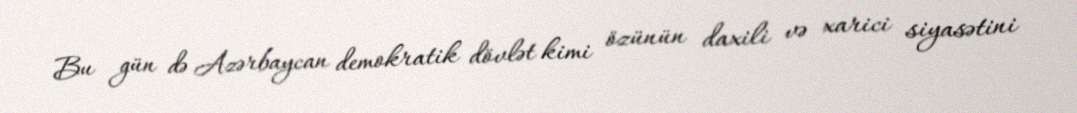
Bu gün də Azərbaycan demokratik dövlət kimi özünün daxili və xarici siyasətini